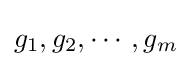
g_{1},g_{2},\cdots ,g_{m}